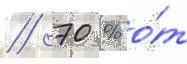
// 70 % о́т